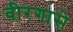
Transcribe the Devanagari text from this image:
वीरगासे